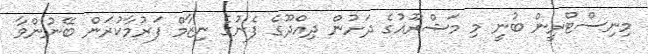
މިނިސްޓްރީން ބުނީ މި މަޝްރޫއުގެ ދަށުން ދިއްދޫގެ ފެނުގެ ނިޒާމް ފަރުމާކުރަން ބޭނުންވާ